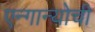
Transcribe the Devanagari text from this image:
एन्गान्योची